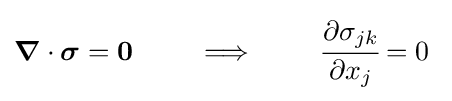
{\boldsymbol {\nabla }}\cdot {\boldsymbol {\sigma }}=\mathbf {0} \qquad \implies \qquad {\cfrac {\partial \sigma _{jk}}{\partial x_{j}}}=0~